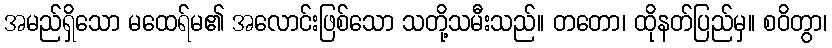
အမည်ရှိသော မထေရ်မ၏ အလောင်းဖြစ်သော သတို့သမီးသည်။ တတော၊ ထိုနတ်ပြည်မှ။ စဝိတွာ၊